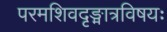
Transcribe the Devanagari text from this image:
परमशिवदृङ्मात्रविषयः